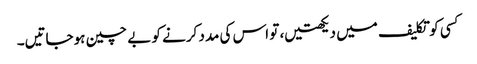
کسی کو تکلیف میں دیکھتیں، تو اس کی مدد کرنے کو بے چین ہوجاتیں۔